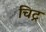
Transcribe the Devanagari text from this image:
चिट्र